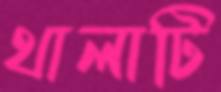
থালাটি